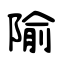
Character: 隃